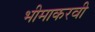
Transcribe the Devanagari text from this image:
भीमाकरवी